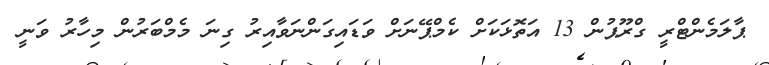
ޕާލަމެންޓްރީ ގްރޫޕުން 13 އަތޮޅަކަށް ކެމްޕޭނަށް ވަޑައިގަންނަވާއިރު ގިނަ މެމްބަރުން މިހާރު ވަނީ